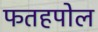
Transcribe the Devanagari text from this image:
फतहपोल